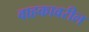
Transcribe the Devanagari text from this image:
वाहकावरील